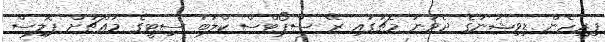
ފިރިހެން ޑިވިޝަނުގެ ދެވަނަ މެޗުގައި ރޭ ސްޕޯޓްސް ކްލަބު ސިޓީގެ މައްޗަށް ޕޮލިސް